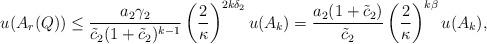
LaTeX: \begin{align*}u(A_r(Q))&\leq \frac {a_2\gamma_2}{\tilde c_2(1+\tilde c_2)^{k-1}}\left(\frac{2}{\kappa}\right)^{2k\delta_2}u(A_{k})=\frac {a_2(1+\tilde c_2)}{\tilde c_2}\left(\frac{2}{\kappa}\right)^{k\beta}u(A_{k}),\end{align*}